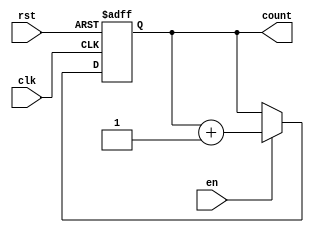
module up_counter_with_enable (
    input wire clk,      // Clock signal
    input wire en,       // Enable signal
    input wire rst,      // Asynchronous reset
    output reg [N-1:0] count // Counter output, N bits wide
);

parameter N = 4; // Define the width of the counter (e.g., 4 bits for counting from 0 to 15)

always @(posedge clk or posedge rst) begin
    if (rst) begin
        // Asynchronous reset: set count to 0
        count <= 0;
    end else if (en) begin
        // Increment the counter if enable is high
        count <= count + 1;
    end
    // If enable is low, the counter retains its current value
end

endmodule